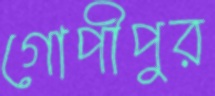
গোপীপুর